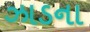
ઝાડના